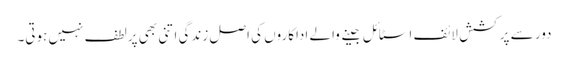
دور سے پرکشش لائف اسٹائل جینے والے اداکاروں کی اصل زندگی اتنی بھی پرلطف نہیں ہوتی۔